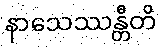
နာသေဿန္တီတိ